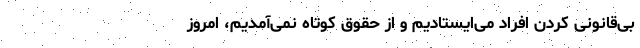
بی‌قانونی کردن افراد می‌ایستادیم و از حقوق کوتاه نمی‌آمدیم، امروز